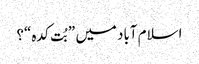
اسلام آباد میں ”بُت کدہ“؟